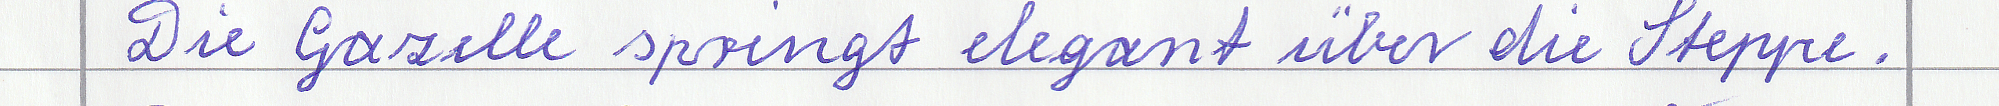
Die Gazelle springt elegant über die Steppe.